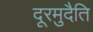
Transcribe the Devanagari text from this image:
दूरमुदैति